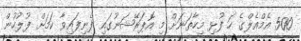
500 އެމްއެލްގެ ހަ ފުޅި މިހާތަނަށް މި އޮޕަރޭޝަނުގައި ފެނިފައިވާ ކަމަށް ފުލުހުން